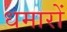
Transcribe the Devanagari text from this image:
धमारों